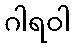
ဂါရဝါ